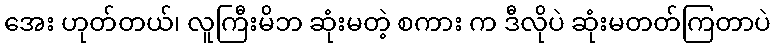
အေး ဟုတ်တယ်၊ လူကြီးမိဘ ဆုံးမတဲ့ စကား က ဒီလိုပဲ ဆုံးမတတ်ကြတာပဲ